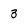
Character: 3